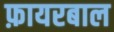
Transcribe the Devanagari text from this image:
फ़ायरबाल